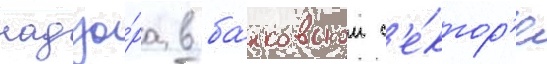
надзо́ра в ба́нковском с'е́ктор'е